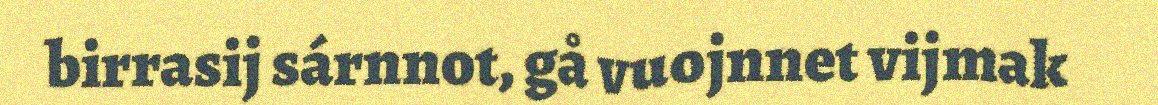
birrasij sárnnot, gå vuojnnet vijmak